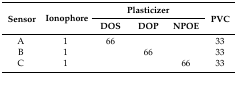
<table><thead><tr><td rowspan="2"><b>Sensor</b></td><td rowspan="2"><b>Ionophore</b></td><td colspan="3"><b>Plasticizer</b></td><td rowspan="2"><b>PVC</b></td></tr><tr><td><b>DOS</b></td><td><b>DOP</b></td><td><b>NPOE</b></td></tr></thead><tbody><tr><td>A</td><td>1</td><td>66</td><td></td><td></td><td>33</td></tr><tr><td>B</td><td>1</td><td></td><td>66</td><td></td><td>33</td></tr><tr><td>C</td><td>1</td><td></td><td></td><td>66</td><td>33</td></tr></tbody></table>